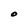
Character: O